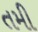
તમી